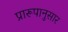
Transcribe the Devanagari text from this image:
प्रारूपानुसार